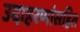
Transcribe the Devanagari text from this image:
उदाहरणांसहित